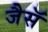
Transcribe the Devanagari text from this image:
जैसॅ